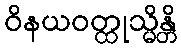
ဝိနယဝတ္ထုသ္မိန္တိ